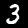
Label: 3